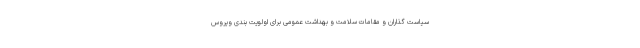
سیاست­ گذاران و مقامات سلامت و بهداشت عمومی برای اولویت بندی ویروس